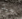
جيد